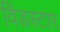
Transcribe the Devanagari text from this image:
विंडस्टार